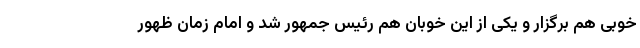
خوبی هم برگزار و یکی از این خوبان هم رئیس جمهور شد و امام زمان ظهور